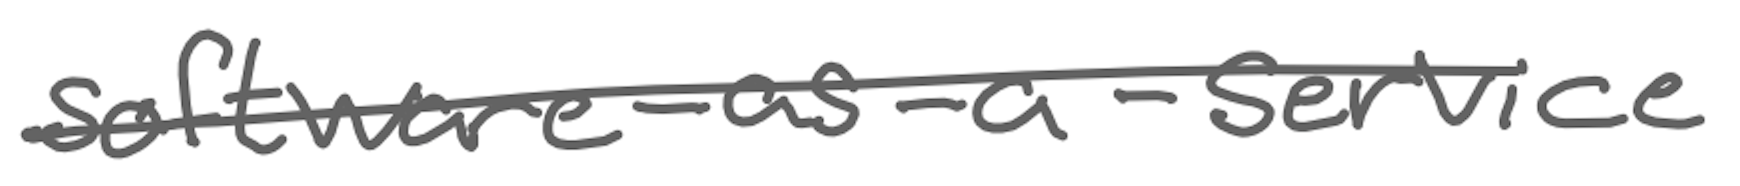
Text: software-as-a-service
Cross-out: single-line
Writing tool: digital_gray